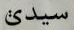
سيدى